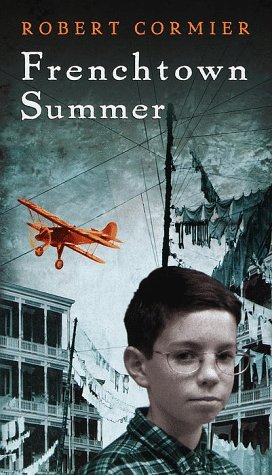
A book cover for Frenchtown Summer; Robert Cormier; Teen & Young Adult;